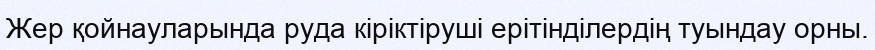
Жер қойнауларында руда кіріктіруші ерітінділердің туындау орны.